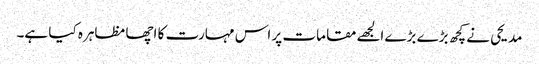
مدیحی نے کچھ بڑے بڑے الجھے مقامات پر اس مہارت کا اچھا مظاہرہ کیا ہے۔